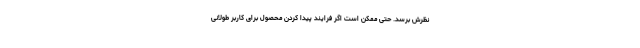
نظرش برسد. حتی ممکن است اگر فرایند پیدا کردن محصول برای کاربر طولانی